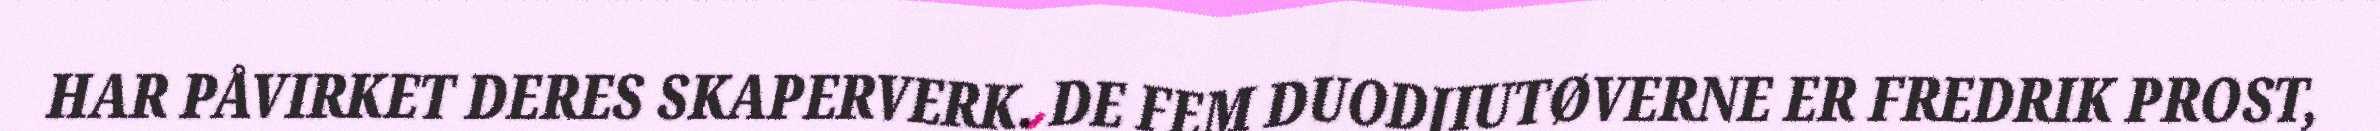
HAR PÅVIRKET DERES SKAPERVERK. DE FEM DUODJIUTØVERNE ER FREDRIK PROST,